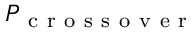
P _ { \mathrm { ~ c ~ r ~ o ~ s ~ s ~ o ~ v ~ e ~ r ~ } }